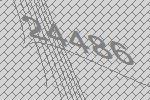
24486